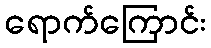
ရောက်ကြောင်း